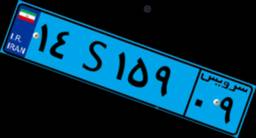
۱۴S۱۵۹۰۹